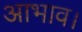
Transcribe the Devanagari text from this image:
आभाव।